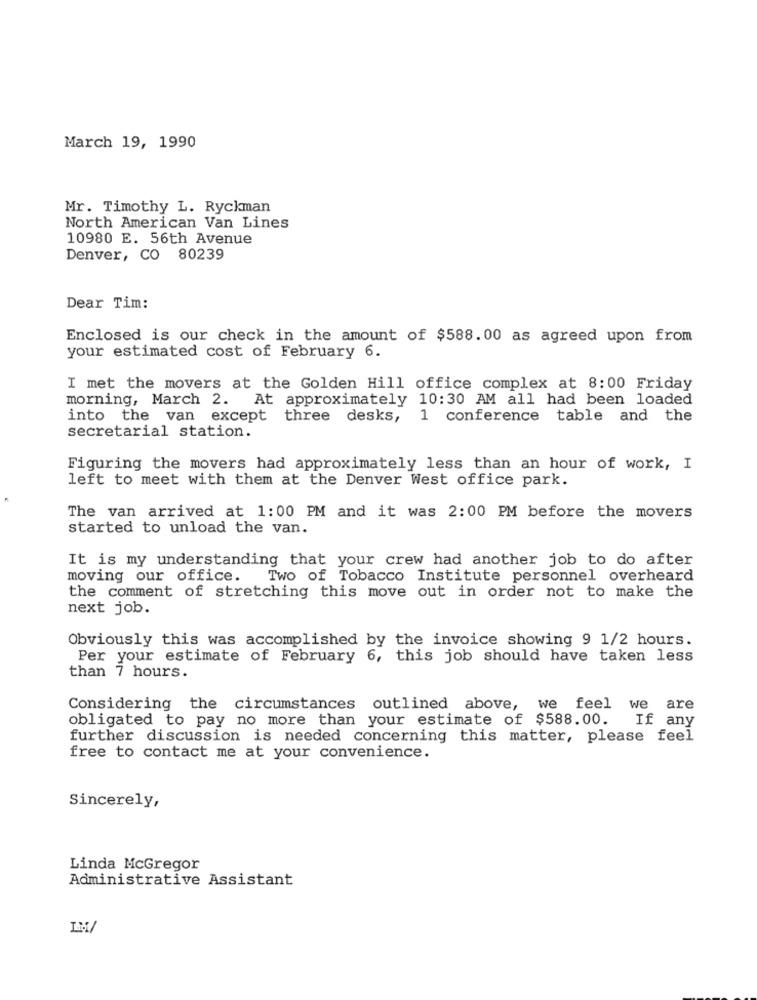
March 19, 1990
Mr. Timothy L. Ryckman
North American Van Lines
10980 E. 56th Avenue
Denver, CO 80239
Dear Tim:
Enclosed is our check in the amount of $588.00 as agreed upon from
your estimated cost of February 6.
I met the movers at the Golden Hill office complex at 8:00 Friday
morning, March 2. At approximately 10:30 AM all had been loaded
into the van except three desks,
1 conference table and the
secretarial station.
Figuring the movers had approximately less than an hour of work, I
left to meet with them at the Denver West office park.
The van arrived at 1:00 PM and it was 2:00 PM before the movers
started to unload the van.
It is my understanding that your crew had another job to do after
moving our office. Two of Tobacco Institute personnel overheard
the comment of stretching this move out in order not to make the
next job.
Obviously this was accomplished by the invoice showing 9 1/2 hours.
Per your estimate of February 6, this job should have taken less
than 7 hours.
Considering the circumstances outlined above, we feel we are
obligated to pay no more than your estimate of $588.00. If any
further discussion is needed concerning this matter, please feel
free to contact me at your convenience.
Sincerely,
Linda McGregor
Administrative Assistant